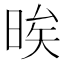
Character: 𱢈